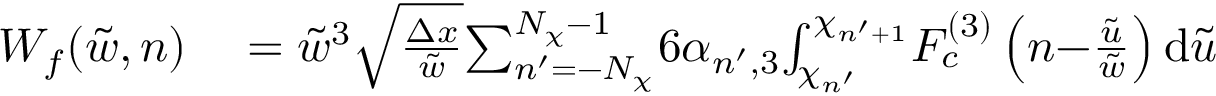
\begin{array} { r l } { W _ { f } ( \tilde { w } , n ) } & { { } = \tilde { w } ^ { 3 } \sqrt { \frac { \Delta x } { \tilde { w } } } { \sum _ { n ^ { \prime } = - N _ { \chi } } ^ { N _ { \chi } - 1 } } { 6 \alpha _ { n ^ { \prime } , 3 } } { \int _ { \chi _ { n ^ { \prime } } } ^ { \chi _ { n ^ { \prime } + 1 } } } F _ { c } ^ { ( 3 ) } \left( n { - } \frac { \tilde { u } } { \tilde { w } } \right) \mathrm { d } \tilde { u } } \end{array}